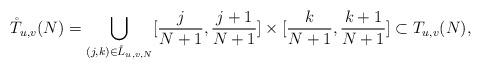
LaTeX: \begin{align*}\mathring{T}_{u,v}(N)=\bigcup_{(j,k)\in \mathring{L}_{u,v,N}}[\frac{j}{N+1},\frac{j+1}{N+1}]\times[\frac{k}{N+1},\frac{k+1}{N+1}]\subset T_{u,v}(N),\end{align*}